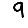
Digit: 9